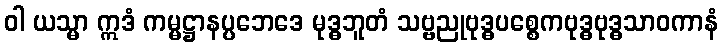
ဝါ ယသ္မာ ဣဒံ ကမ္မဋ္ဌာနပ္ပဘေဒေ မုဒ္ဓဘူတံ သဗ္ဗညုဗုဒ္ဓပစ္စေကဗုဒ္ဓဗုဒ္ဓသာဝကာနံ